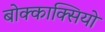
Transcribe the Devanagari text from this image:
बोक्काक्सियो